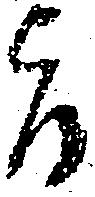
旨